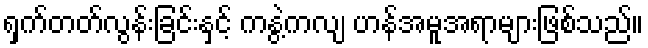
ရှက်တတ်လွန်းခြင်းနှင့် ကနွဲ့ကလျ ဟန်အမူအရာများဖြစ်သည်။